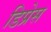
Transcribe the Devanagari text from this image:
डिप्रेस